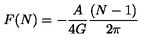
F ( N ) = - { \frac { A } { 4 G } } { \frac { ( N - 1 ) } { 2 \pi } }